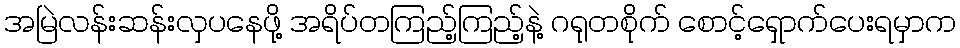
အမြဲလန်းဆန်းလှပနေဖို့ အရိပ်တကြည့်ကြည့်နဲ့ ဂရုတစိုက် စောင့်ရှောက်ပေးရမှာက